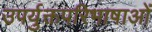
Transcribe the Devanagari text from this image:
उपर्युक्तपरिभाषाओं